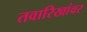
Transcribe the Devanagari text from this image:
तवारिखांवर